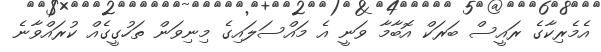
އެމެރިކާގެ ރައީސް ބަރަކް އޮބާމާ ވަނީ އެ މައްސަލައިގެ މިނިވަން ތަހުގީގެއް ކުރައްވާނެ